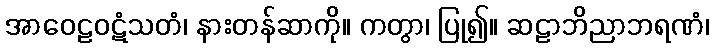
အာဝေဠဝဋံသတံ၊ နားတန်ဆာကို။ ကတွာ၊ ပြု၍။ ဆဠာဘိညာဘရဏံ၊